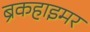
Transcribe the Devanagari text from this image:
ब्रकहाइमर